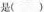
是()